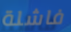
فاشلة